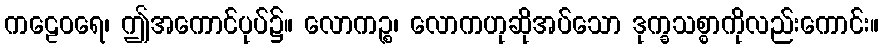
ကဠေဝရေ၊ ဤအကောင်ပုပ်၌။ လောကဉ္စ၊ လောကဟုဆိုအပ်သော ဒုက္ခသစ္စာကိုလည်းကောင်း။